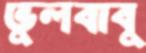
ভুলবাবু